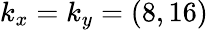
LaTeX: k_{x}=k_{y}=(8,16)